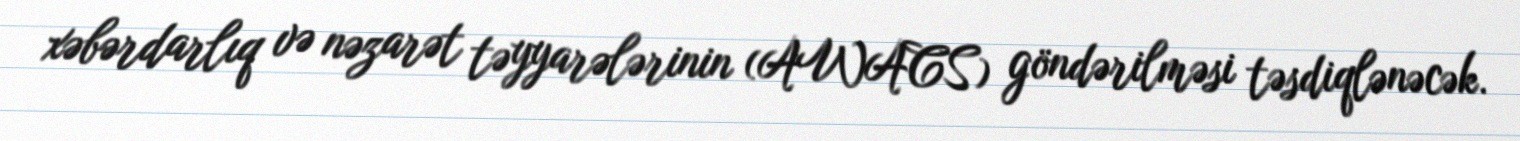
xəbərdarlıq və nəzarət təyyarələrinin (AWACS) göndərilməsi təsdiqlənəcək.